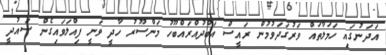
އަދަނުގައި ހަމަލާތައް ވަރުގަދަވުމުން ރައީސް އަބްދުއްރައްބޫހު މަންސޫރު ހާދީ ވަނީ ފިއްލަވައިގެން ސައުދީ